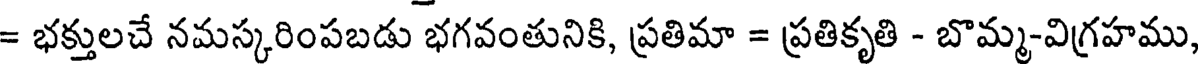
= భక్తులచే నమస్కరింపబడు భగవంతునికి, ప్రతిమా = ప్రతికృతి - బొమ్మ-విగ్రహము,